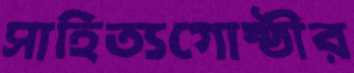
সাহিত্যগোষ্ঠীর